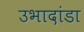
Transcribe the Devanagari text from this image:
उभादांडा